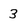
Character: 3